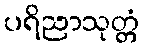
ပရိညာသုတ္တံ